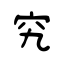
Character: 究